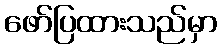
ဖော်ပြထားသည်မှာ